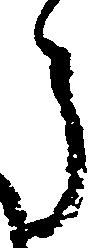
う